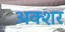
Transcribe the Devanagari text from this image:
अक्शर